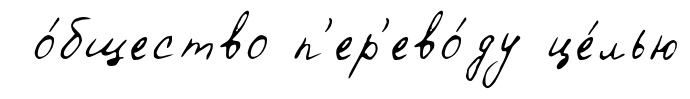
о́бщество п'ер'ево́ду це́лью